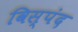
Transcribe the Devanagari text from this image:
विस्पंद